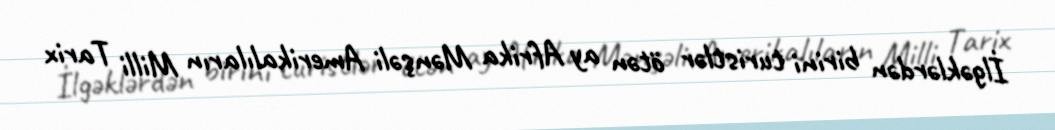
İlgəklərdən birini turistlər ötən ay Afrika Mənşəli Amerikalıların Milli Tarix